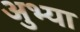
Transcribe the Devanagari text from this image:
अुभ्या